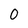
Character: 0